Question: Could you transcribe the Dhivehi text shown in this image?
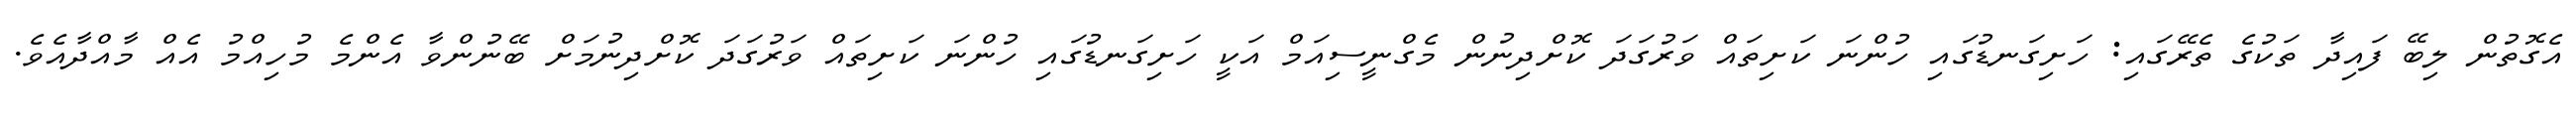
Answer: އެގޮތުން ލިބޭ ފައިދާ ތަކުގެ ތެރޭގައި: ހަށިގަނޑުގައި ހުންނަ ކަށިތައް ވަރުގަދަ ކޮށްދިނުން މެގްނީސިއަމް އަކީ ހަށިގަނޑުގައި ހުންނަ ކަށިތައް ވަރުގަދަ ކޮށްދިނުމަށް ބޭނުންވާ އެންމެ މުހިއްމު އެއް މާއްދާއެވެ.